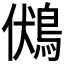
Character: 𪀢